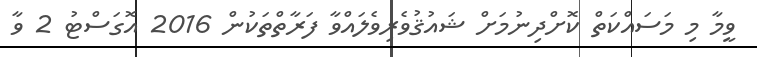
ވީމާ މި މަސައްކަތް ކޮށްދިނުމަށް ޝައުޤުވެރިވެލައްވާ ފަރާތްތަކުން 2016 އޮގަސްޓު 2 ވާ